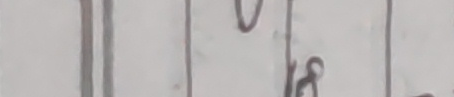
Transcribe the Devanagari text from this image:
अठ